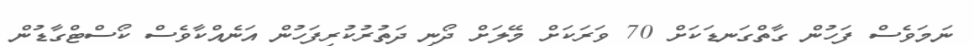
ނަމަވެސް ފަހުން ގާތްގަނޑަކަށް 70 ވަރަކަށް މޭލަށް ދޯނި ދަތުރުކުރިފަހުން އަނެއްކާވެސް ކޯސްޓްގާޑުން